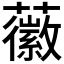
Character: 𧃸